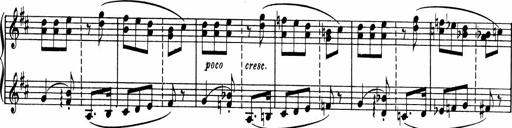
Title: Sonatine pour piano
Composer: Albert Roussel